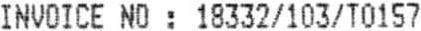
INVOICE NO : 18332/103/T0157